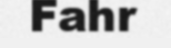
Fahr